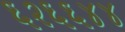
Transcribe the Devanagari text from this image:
६२६६४४